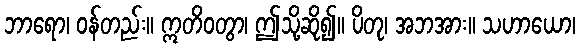
ဘာရော၊ ဝန်တည်း။ ဣတိဝတွာ၊ ဤသို့ဆို၍။ ပိတု၊ အဘအား။ သဟာယော၊